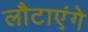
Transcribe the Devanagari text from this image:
लौटाएंगे